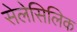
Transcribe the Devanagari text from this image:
सेलेसिलिक